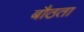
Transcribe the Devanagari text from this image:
बौठता